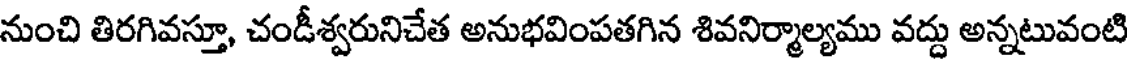
నుంచి తిరగివస్తూ, చండీశ్వరునిచేత అనుభవింపతగిన శివనిర్మాల్యము వద్దు అన్నటువంటి